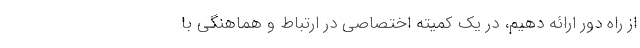
از راه دور ارائه دهیم، در یک کمیته اختصاصی در ارتباط و هماهنگی با